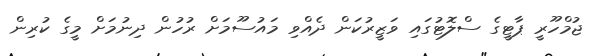
ޖުމްހޫރީ ޕާޓީގެ ސްލޮޓުގައި ވަޒީރުކަން ދެއްވި މައުސޫމަށް ރުހުން ދިނުމަށް މީގެ ކުރިން